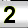
Digit: 2